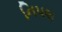
નિપલ